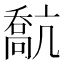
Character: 𠿕